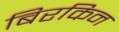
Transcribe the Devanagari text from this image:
बिरकिन